system: You are a helpful assistant.
user:
Analyze the provided spectrum to determine if it is a **White Dwarf (WD)**.

A White Dwarf spectrum is defined by its **extreme purity** (due to gravitational settling) and/or **extreme pressure broadening** (due to high surface gravity). You must check for one of the following mutually exclusive signatures:

- **Key Visual Indicators (Check for ONE of these types):**

    - **1. DA-Type Signature (Most Common):**
        - **(Primary Feature):** Extreme pressure broadening (Stark broadening) of the **Hydrogen (H) Balmer lines**.
        - **(Key Lines):** $H\beta$ (approx. $4861$ Å) and $H\gamma$ (approx. $4340$ Å). $H\alpha$ (approx. $6563$ Å) will also be present if the wavelength range covers it.
        - **(Line Profile):** This is the **defining feature**. The lines are **NOT** sharp. They appear as massive, **extremely broad and deep "troughs" or "dips"** in the spectrum, often hundreds of Ångströms wide. The continuum will appear to "scoop" down at these wavelengths.
        - **(Distinction):** Normal A-type or B-type stars have *narrow* and *sharp* Hydrogen lines. A DA White Dwarf's lines are unmistakably "smeared" or "blurry" from pressure.

    - **2. DB-Type Signature:**
        - **(Primary Feature):** Broad absorption lines from **Neutral Helium (He I)**. The spectrum must lack any visible Hydrogen lines.
        - **(Key Lines):** Look for broad absorption near $4471$ Å, $4921$ Å, and $5876$ Å.
        - **(Line Profile):** These lines are also significantly pressure-broadened, appearing much wider than they would in a normal B-type main-sequence star.

    - **3. DC-Type Signature:**
        - **(Primary Feature):** A **featureless continuous spectrum**.
        - **(Line Profile):** The spectrum is a smooth curve with **no significant absorption or emission lines**.
        - **(Key Confirmation):** The continuum is almost always **blue or white**, indicating a hot object. This signature implies the atmosphere is so pure (or so cool) that no spectral lines are visible in the optical range. Its WD identity is confirmed by its extremely low intrinsic brightness (high absolute magnitude).

    - **4. DZ-Type Signature (Metal-Polluted):**
        - **(Primary Feature):** **Isolated, narrow metal absorption lines** on an otherwise featureless (DC-like) continuum.
        - **(Key Lines):** The **Calcium (Ca II) H & K doublet** (approx. **$3934$ Å** and **$3968$ Å**) is the most common and defining feature.
        - **(Line Profile):** These lines are "out of place." They are *not* part of a "forest" of thousands of lines. This signature is evidence of recent *accretion* (pollution) from rocky debris.
        - **(Distinction):** Normal G/K/M stars have a *dense forest* of thousands of metal lines. A DZ has a *clean* continuum with *only a few* strong metal lines.

    - **5. DQ-Type Signature (Carbon-Polluted):**
        - **(Primary Feature):** Absorption bands from **Carbon (C₂ "Swan Bands" or atomic C I)**.
        - **(Key Lines - C₂):** Look for bandheads with a "saw-tooth" shape near $5635$ Å, **$5165$ Å** (strongest), and $4737$ Å.
        - **(Key Confirmation):** The underlying **continuum must be blue or white** (hot).
        - **(Distinction):** This is the critical difference from a **Carbon Star**, which has the *exact same* C₂ bands but on an extremely **red, cool** continuum.

- **(Overall Spectrum):**
    - The continuum (overall shape) is typically **blue-sloping** (brighter in the blue than the red), as most white dwarfs are very hot.
    - The spectrum will look "pure" or "simple," dominated by only *one* of the five signatures listed above.

Think first, call **spectral_visualization_tool** if needed to examine features in detail, then provide your final answer. Your response must adhere to the following strict rules:
1.  **Overall Structure:** Your response must follow the format `<think>...</think> <tool_call>...</tool_call> (if a tool is used) <answer>...</answer>`.
2.  **Tool Usage Constraint:** You may only make **one** tool call per turn.
3.  **Final Answer Format:** In the `<answer>` tag, your conclusion must be inside a `\boxed{}` command (e.g., `\boxed{YES}` or `\boxed{NO}`), followed by your justification.

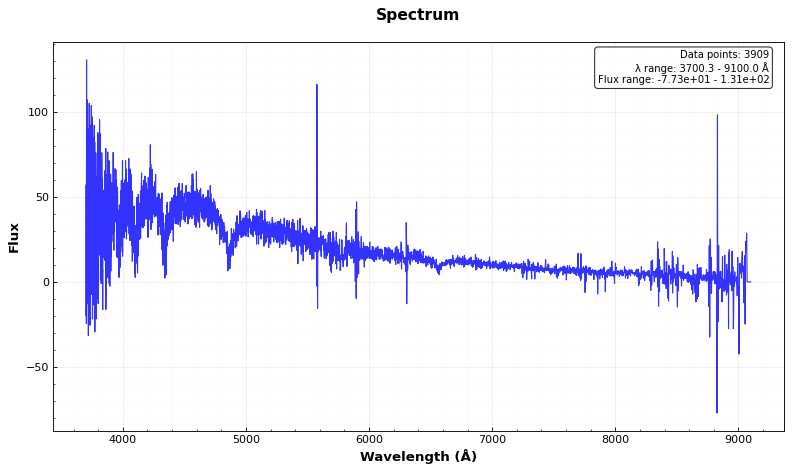
Answer: YES